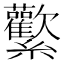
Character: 𰫻